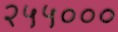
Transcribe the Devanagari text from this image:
२५५०००